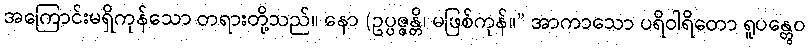
အကြောင်းမရှိကုန်သော တရားတို့သည်။ နော (ဥပ္ပဇ္ဇန္တိ၊ မဖြစ်ကုန်။” အာကာသော ပရိဝါရိတော ရူပန္တွေဝ